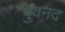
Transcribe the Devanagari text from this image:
भुवनद